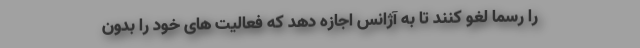
را رسما لغو کنند تا به آژانس اجازه دهد که فعالیت های خود را بدون